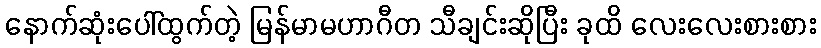
နောက်ဆုံးပေါ်ထွက်တဲ့ မြန်မာမဟာဂီတ သီချင်းဆိုပြီး ခုထိ လေးလေးစားစား